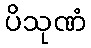
ပိသုဏံ